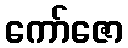
ကော်ဇော